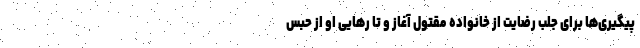
پیگیری‌ها برای جلب رضایت از خانواده مقتول آغاز و تا رهایی او از حبس